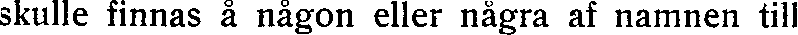
skulle finnas å någon eller några af namnen till